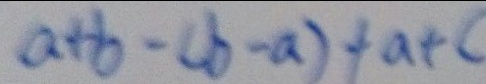
a + b - ( b - a ) + a + c